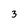
Character: 3